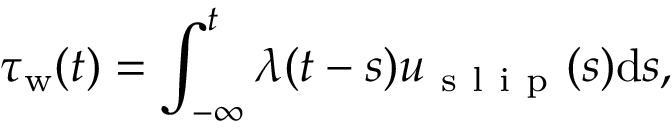
\tau _ { \mathrm { w } } ( t ) = \int _ { - \infty } ^ { t } \lambda ( t - s ) u _ { \mathrm { ~ s ~ l ~ i ~ p ~ } } ( s ) \mathrm { d } s ,